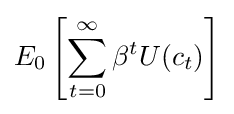
E_{0}\left[\sum _{t=0}^{\infty }\beta ^{t}U(c_{t})\right]